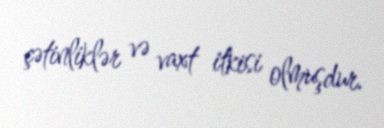
çətinliklər və vaxt itkisi olmuşdur.